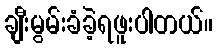
ချီးမွမ်းခံခဲ့ရဖူးပါတယ်။